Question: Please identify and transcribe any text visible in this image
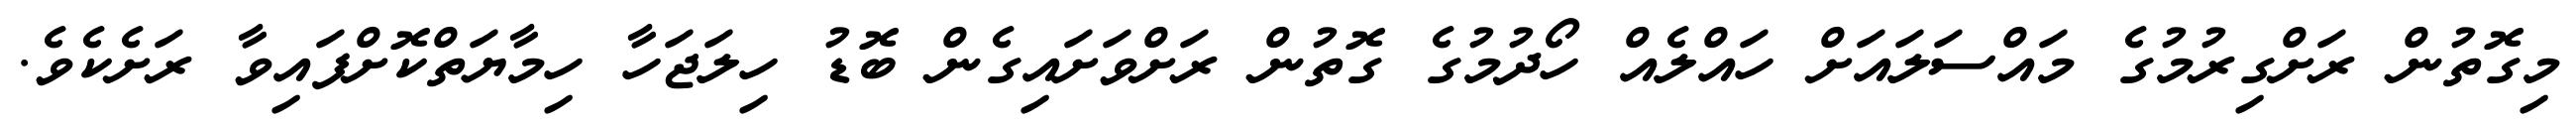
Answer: މިގޮތުން ރަށްގިރުމުގެ މައްސަލައަށް ހައްލެއް ހޯދުމުގެ ގޮތުން ރަށްވަށައިގެން ބޮޑު ހިލަޖަހާ ހިމާޔަތްކޮށްފައިވާ ރަށެކެވެ.